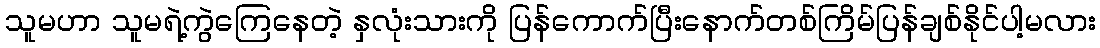
သူမဟာ သူမရဲ့ကွဲကြေနေတဲ့ နှလုံးသားကို ပြန်ကောက်ပြီးနောက်တစ်ကြိမ်ပြန်ချစ်နိုင်ပါ့မလား